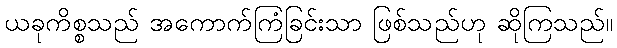
ယခုကိစ္စသည် အကောက်ကြံခြင်းသာ ဖြစ်သည်ဟု ဆိုကြသည်။